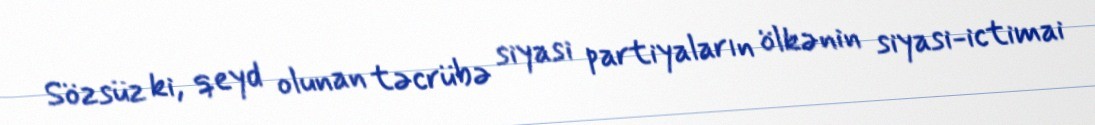
Sözsüz ki, qeyd olunan təcrübə siyasi partiyaların ölkənin siyasi-ictimai